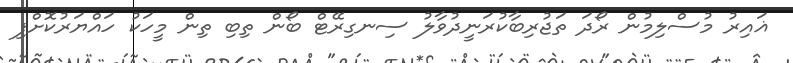
ޣައިރު މުސްލިމުން ރޯދަ ތަޖުރިބާކުރަނީދުވާލު ސިނގިރޭޓް ބޯން ތިބި ތިން މީހަކު ހައްޔަރުކޮށްފި